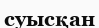
суысқан